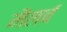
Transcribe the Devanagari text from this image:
मैलर्ब